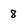
Character: 8